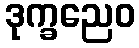
ဒုက္ခညေဝ